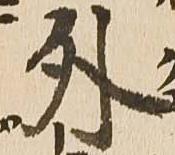
外